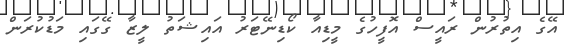
އޭގެ އިތުރުން ރައީސް އޮފީހުގެ މީޑިއާ ކޯޑިނޭޓަރު އައިޝަތު ލީޒާ ގޭގައި މަޑުކުރަން